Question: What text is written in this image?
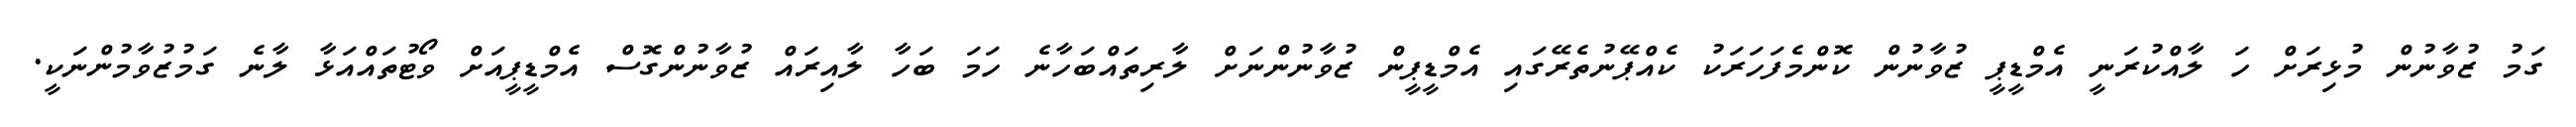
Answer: ގަމު ޒުވާނުން މުޅިރަށް ހަ ލާއްކުރަނީ އެމްޑީޕީ ޒުވާނުން ކޮންމެފަހަރަކު ކެއްޕޭނުތެރޭގައި އެމްޑީޕީން ޒުވާނުންނަށް ލާރިތައްބަހާނެ ހަމަ ބަހާ ލާއިރައް ޒުވާނުންގޮސް އެމްޑީޕީއަށް ވޯޓުތައްއަޅާ ލާނެ ގަމުޒުވާމުންނަކީ.